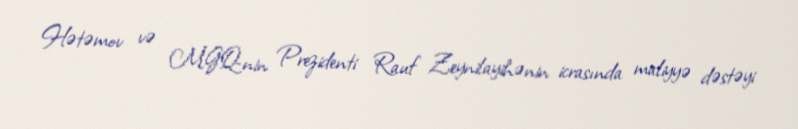
Hətəmov və MGQ-nin Prezidenti Rauf Zeynilayihənin icrasında maliyyə dəstəyi